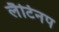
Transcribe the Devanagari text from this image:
लैटिनप